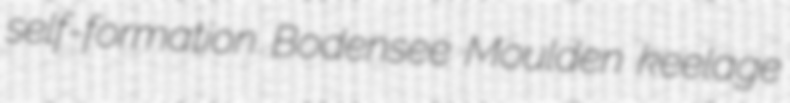
self-formation Bodensee Moulden keelage